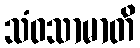
သံဝသာမာတိ